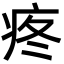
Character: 疼